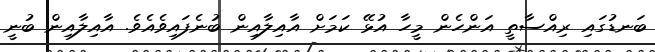
ބަނޑުގައި ރިއްސާތީ އަންހެން މީހާ އުޅޭ ކަމަށް އާއިލާއިން ބުނެފައިވެއެވެ. އާއިލާއިން ބުނީ